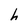
Character: h